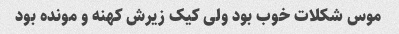
موس شکلات خوب بود ولی کیک زیرش کهنه و مونده بود